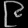
Digit: ၉